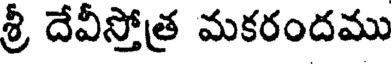
శ్రీ దేవీస్తోత్ర మకరందము